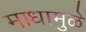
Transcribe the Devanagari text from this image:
माधामुळे